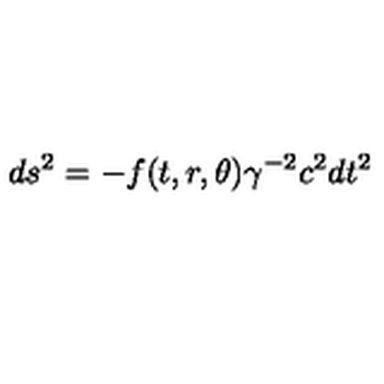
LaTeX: d s ^ { 2 } = - f ( t , r , \theta ) \gamma ^ { - 2 } c ^ { 2 } d t ^ { 2 }